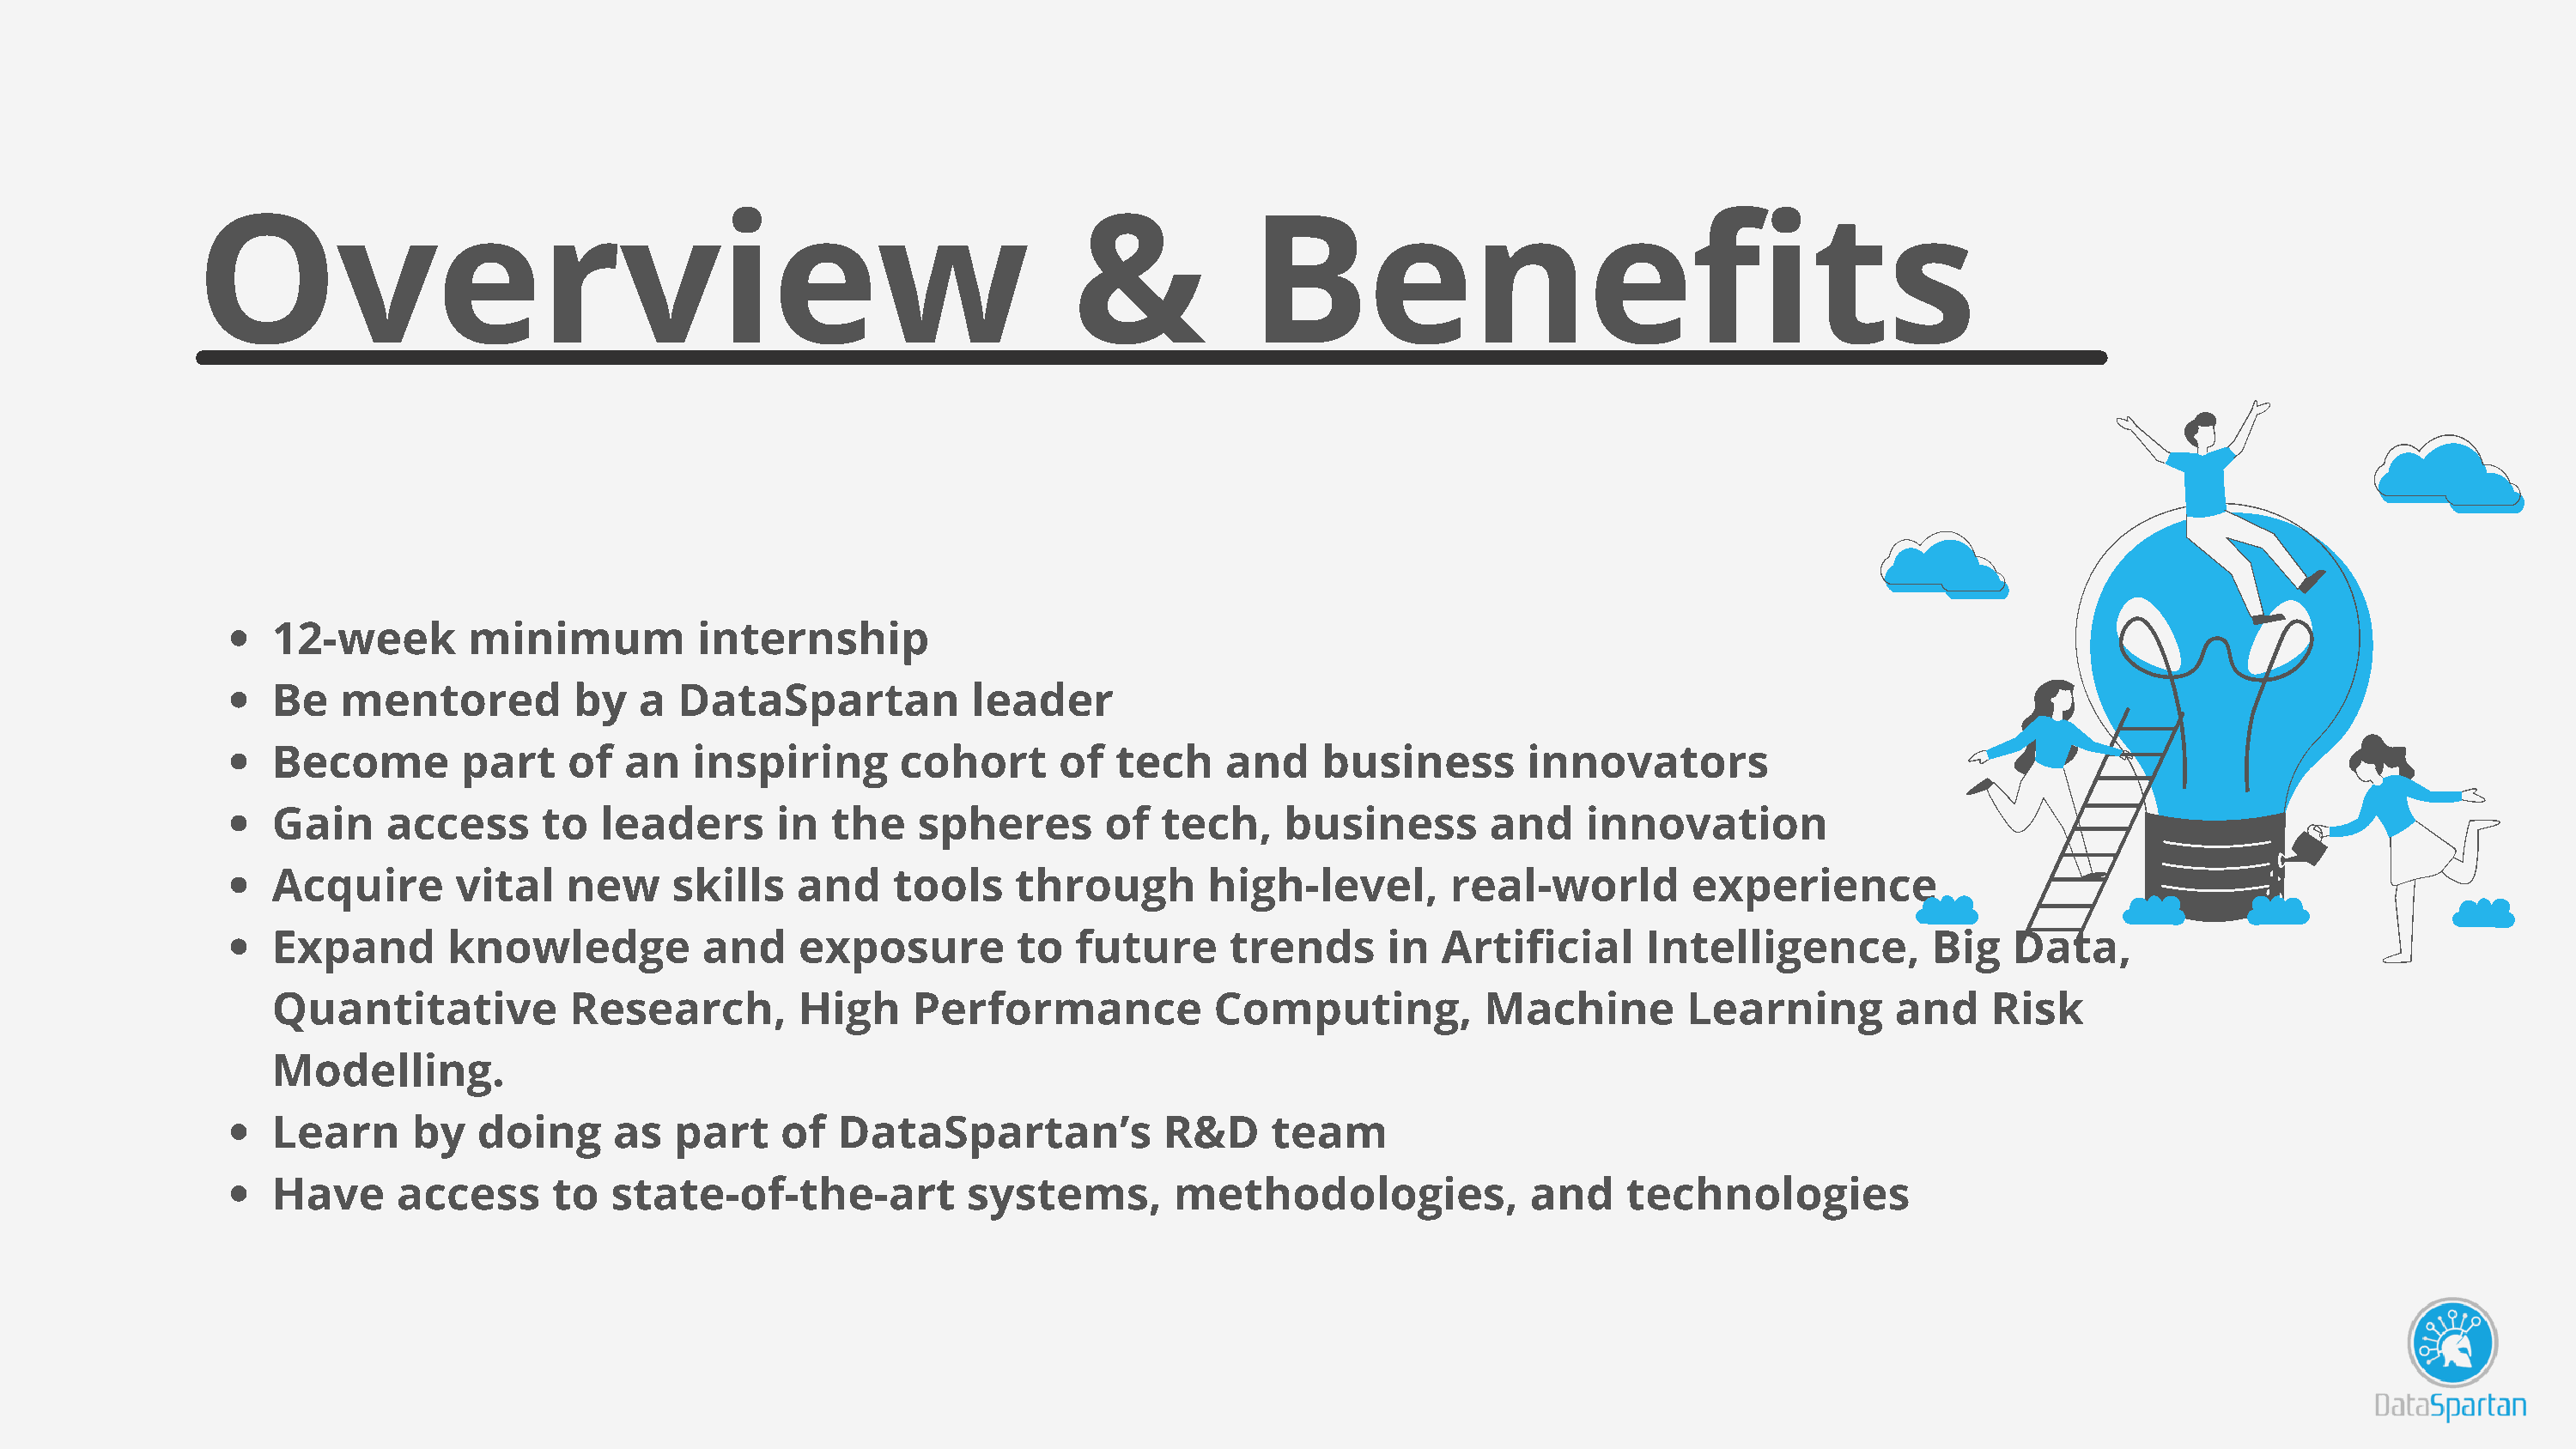
Overview                                                            &            Benefits
 12-week        minimum           internship
 Be   mentored          by   a  DataSpartan            leader
 Become         part    of  an   inspiring       cohort       of  tech    and     business        innovators
 Gain     access      to  leaders       in  the    spheres       of   tech,    business        and    innovation
 Acquire       vital    new     skills   and     tools    through        high-level,        real-world        experience
 Expand       knowledge           and     exposure        to   future      trends      in  Artificial      Intelligence,         Big   Data,
 Quantitative           Research,         High    Performance             Computing,          Machine         Learning        and     Risk
 Modelling.
 Learn      by   doing     as   part    of   DataSpartan’s            R&D     team
 Have      access      to  state-of-the-art            systems,       methodologies,              and    technologies